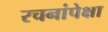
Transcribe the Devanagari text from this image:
रचनांपेक्षा